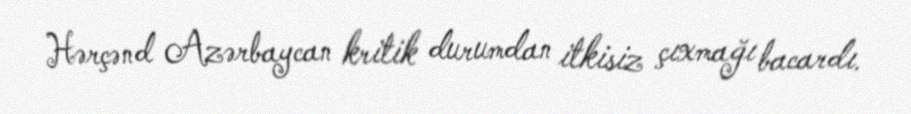
Hərçənd Azərbaycan kritik durumdan itkisiz çıxmağı bacardı.